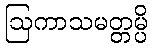
ဩကာသမတ္တမ္ပိ